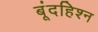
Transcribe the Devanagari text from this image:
बूंदहिश्न